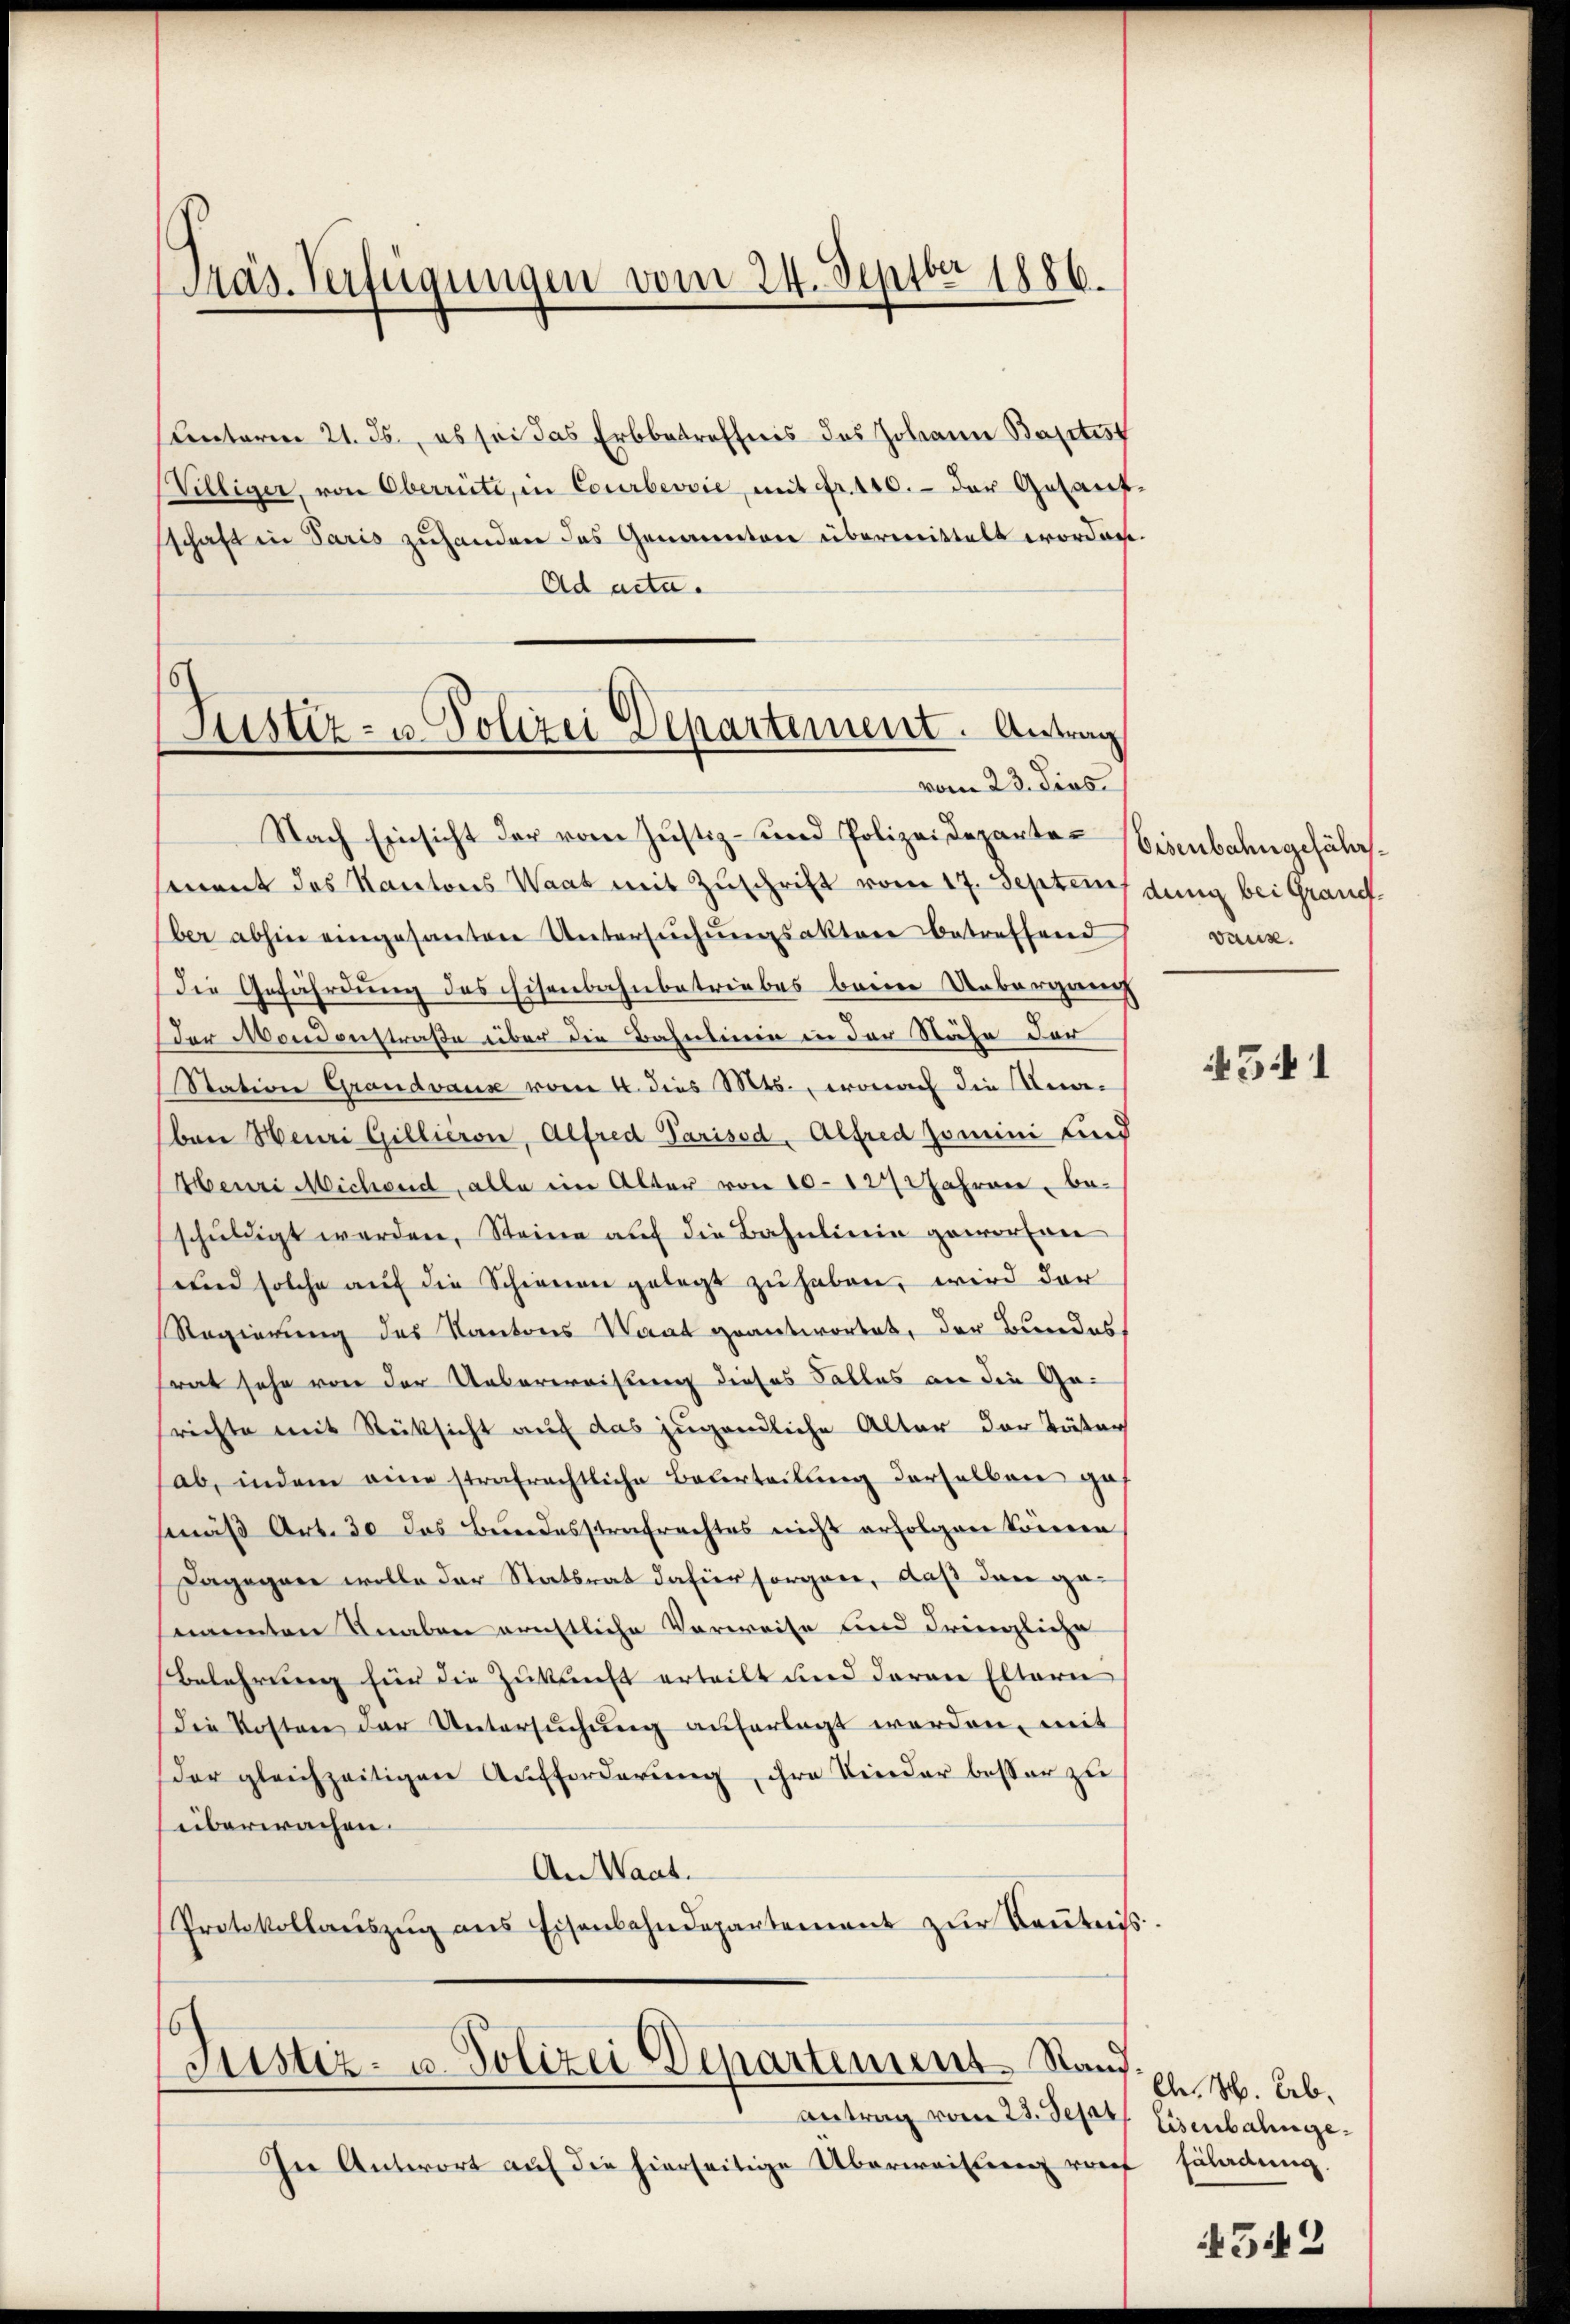
Präs. Verfügungen vom 24. Septbr 1886.

(Unterm 21. Js., es sei das Erbbetreffnis des Johann Baptist
Williger, von Oberrüti, in Courbevvie, mit Fr. 140. - der Gesauf-
schaft in Paris zuhanden das Genannten übermittelt worden.
Ad acta.

Justiz- u. Polizei Departement. Antrag
vom 23. dies

Nach Einsicht der vom Justiz- und Polizeideparte Weisenbahngefährsament des Kantons Waat mit Zuschrift vom 17. Septem dung bei Grandber abhin eingesanten Untersŭchŭngsaktere betreffend
die Gefährdung des Eisenbahnbetriebes beim Unbergang
Der Mondonstraße über die Bahnlinie in der Stähe der
Station Grandvaux vom 4. dies Mts., wonach die Ana-
ben Heuri Gillieron, Alfred Parisod, Alfred Zomini und
Meuri Michend, alle im Alter von 10-12 Jahren, beschŭldigt werden, Steine auf die Bahnlinie geworfen
und solche auf die Schienen gelegt zu haben, wird der
Regierung des Kantons Waat geantwortet, der Bundes
ret sehe von der Ueberweisung dieses Falles an die Gerichte mit Rücksicht auf das jugendliche Alter der Täter
ab, indem eine strafrechtliche Bauerteilung derselben ga
mäβ Art. 30 das Bundesstrafrechtes nicht erfolgen können
Dagegen wolle der Statsrat dahier sorgane, daß den genannten Knaben ernstliche Verweise und Frienzliche
Belehrung für die Zukunft erteilt und daran Eltern
Die Kosten der Untersuchung auferlegt werden, mit
Der gleichzeitigen Aufforderung, ihre Kinder besser zu
überwachen.
An Waat.
Protokollaŭszŭg ans Eisenbahndepartement zŭr Keṅtnis.

Justiz- u. Polizei Departement. Stand

Antrag vom 23. Deser Eisenbahnge¬
In Antwort aŭf die hierseitige Überweisung vor Erladung.

vaus.

541

C. M. Ab.

542